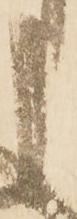
申